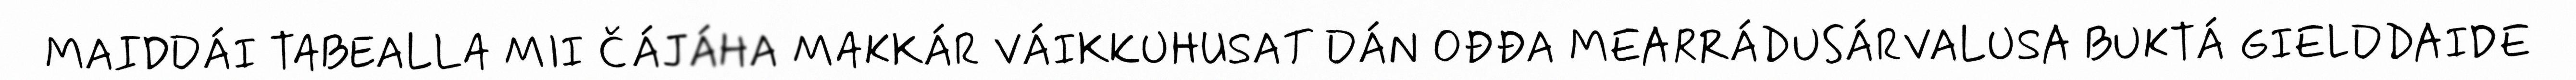
MAIDDÁI TABEALLA MII ČÁJÁHA MAKKÁR VÁIKKUHUSAT DÁN OĐĐA MEARRÁDUSÁRVALUSA BUKTÁ GIELDDAIDE